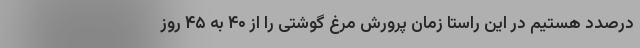
درصدد هستیم در این راستا زمان پرورش مرغ گوشتی را از ۴۰ به ۴۵ روز